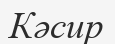
Кәсир